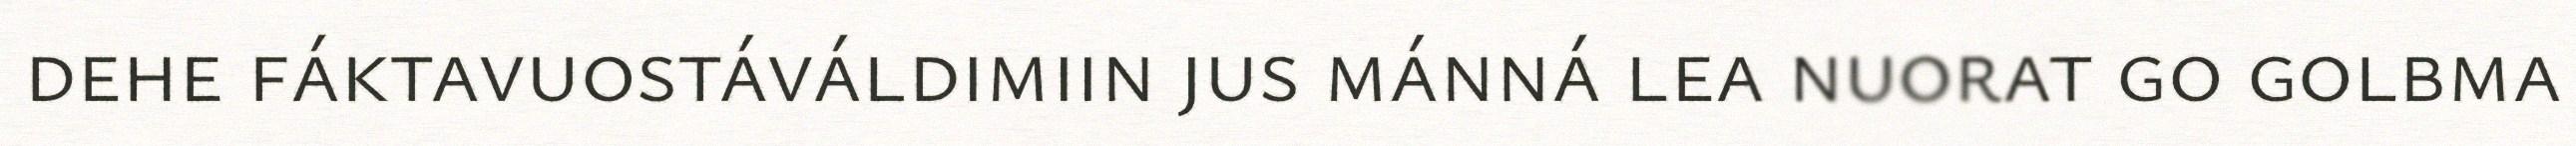
dehe fáktavuostáváldimiin jus mánná lea nuorat go golbma